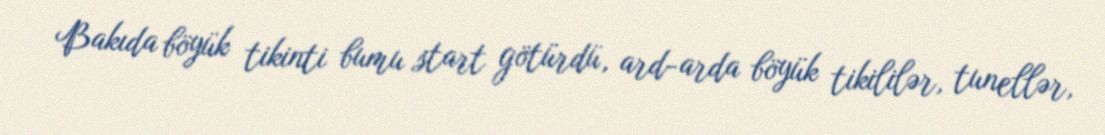
Bakıda böyük tikinti bumu start götürdü, ard-arda böyük tikililər, tunellər,